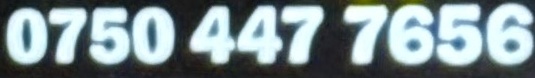
0750 447 7656